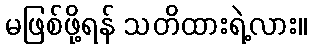
မဖြစ်ဖို့ရန် သတိထားရဲ့လား။